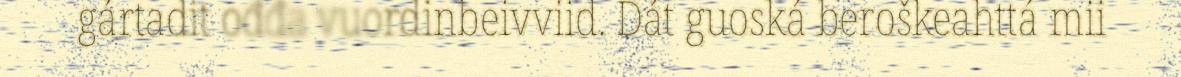
gártadit ođđa vuordinbeivviid. Dát guoská beroškeahttá mii